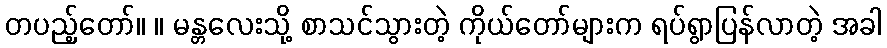
တပည့်တော်။ ။ မန္တလေးသို့ စာသင်သွားတဲ့ ကိုယ်တော်များက ရပ်ရွာပြန်လာတဲ့ အခါ